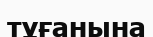
тұғанына